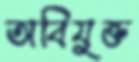
অবিযুক্ত